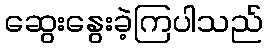
ဆွေးနွေးခဲ့ကြပါသည်